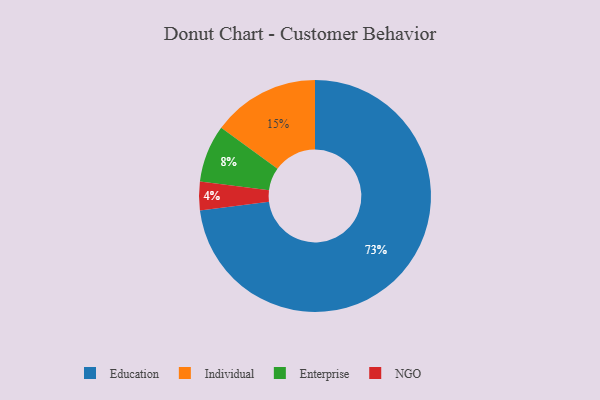
{"axis": {"x": "Category", "y": "Percentage"}, "legend": ["Education", "Enterprise", "Individual", "NGO"], "data": [{"x": "Individual", "y": 15, "type": "Individual"}, {"x": "Education", "y": 73, "type": "Education"}, {"x": "NGO", "y": 4, "type": "NGO"}, {"x": "Enterprise", "y": 8, "type": "Enterprise"}]}